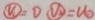
\textcircled { V _ { 1 } } = 0 \textcircled { V _ { 2 } } = U _ { 0 }